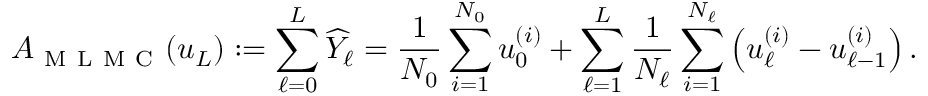
A _ { \mathrm { ~ M ~ L ~ M ~ C ~ } } ( u _ { L } ) : = \sum _ { \ell = 0 } ^ { L } \widehat { Y } _ { \ell } = \frac { 1 } { N _ { 0 } } \sum _ { i = 1 } ^ { N _ { 0 } } u _ { 0 } ^ { ( i ) } + \sum _ { \ell = 1 } ^ { L } \frac { 1 } { N _ { \ell } } \sum _ { i = 1 } ^ { N _ { \ell } } \left( u _ { \ell } ^ { ( i ) } - u _ { \ell - 1 } ^ { ( i ) } \right) .